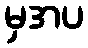
မှအပ